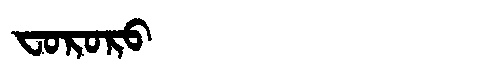
Manchu: ᠸᠣᡵᠣᡵᠣ
Romanization: FORORO